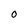
Character: O